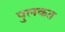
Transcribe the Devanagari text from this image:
पुलकत